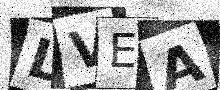
Text: LVEA